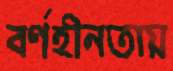
বর্ণহীনতায়